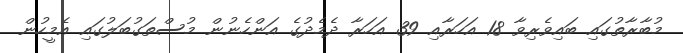
މުބާރާތުގައި ބައިވެރިވާ 18 އަހަރާއި 39 އަހަރާ ދެމެދުގެ އަންހެނުން މުސްތަގުބަލުގައި އެމީހުން